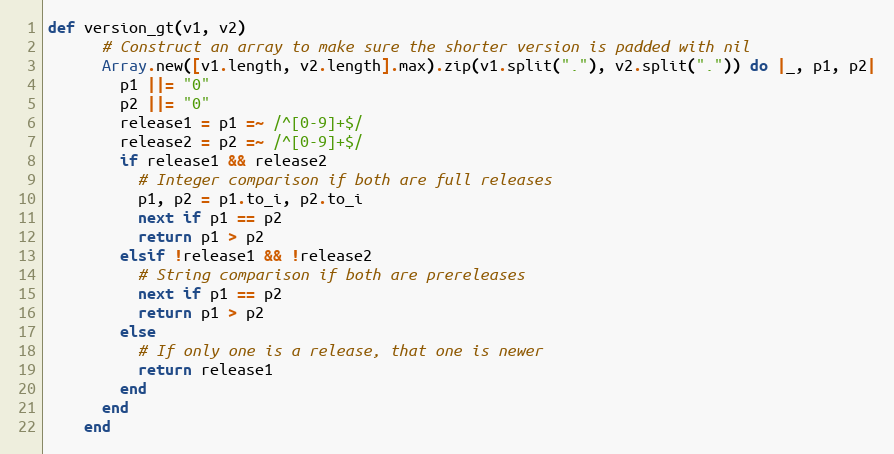
Language: Ruby
def version_gt(v1, v2)
      # Construct an array to make sure the shorter version is padded with nil
      Array.new([v1.length, v2.length].max).zip(v1.split("."), v2.split(".")) do |_, p1, p2|
        p1 ||= "0"
        p2 ||= "0"
        release1 = p1 =~ /^[0-9]+$/
        release2 = p2 =~ /^[0-9]+$/
        if release1 && release2
          # Integer comparison if both are full releases
          p1, p2 = p1.to_i, p2.to_i
          next if p1 == p2
          return p1 > p2
        elsif !release1 && !release2
          # String comparison if both are prereleases
          next if p1 == p2
          return p1 > p2
        else
          # If only one is a release, that one is newer
          return release1
        end
      end
    end